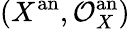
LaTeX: (X^{\mathrm{an}},{\mathcal{O}}_{X}^{\mathrm{an}})